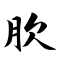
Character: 肷